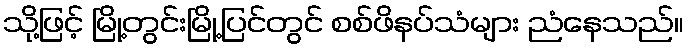
သို့ဖြင့် မြို့တွင်းမြို့ပြင်တွင် စစ်ဖိနပ်သံများ ညံနေသည်။